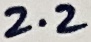
Text: 2.2